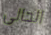
الحالى